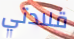
قلادتي